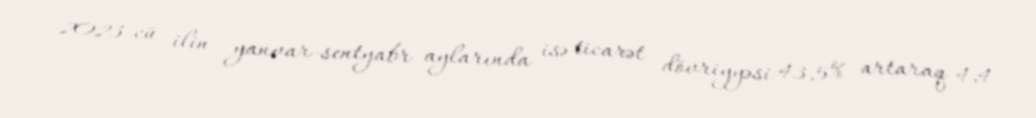
2023-cü ilin yanvar-sentyabr aylarında isə ticarət dövriyyəsi 43,5% artaraq 4,4